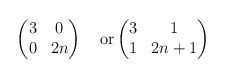
\begin{align*}\begin{pmatrix}3 & 0 \\0 & 2n\end{pmatrix}\quad\textrm{or}\begin{pmatrix}3 & 1 \\1 & 2n+1\end{pmatrix}\end{align*}